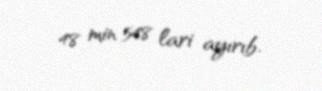
48 min 548 lari ayırıb.